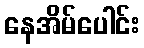
နေအိမ်ပေါင်း